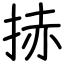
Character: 捇